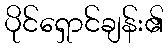
ပိုင်ရှောင်ချန်း၏